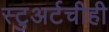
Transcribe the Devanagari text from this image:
स्टुअर्टचीही